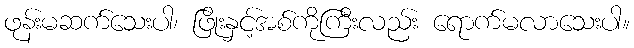
ဖုန်းမဆက်သေးပါ၊ ဖြိုးနှင့်အစ်ကိုကြီးလည်း ရောက်မလာသေးပါ။